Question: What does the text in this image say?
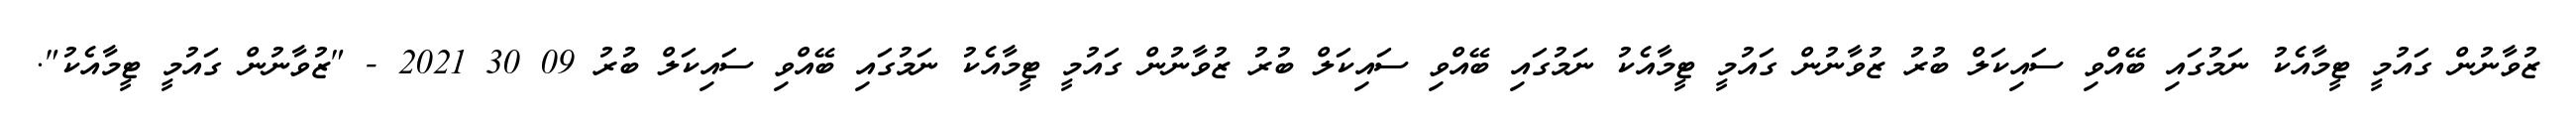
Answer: ޒުވާނުން ގައުމީ ޓީމާއެކު ނަމުގައި ބޭއްވި ސައިކަލް ބުރު ޒުވާނުން ގައުމީ ޓީމާއެކު ނަމުގައި ބޭއްވި ސައިކަލް ބުރު ޒުވާނުން ގައުމީ ޓީމާއެކު ނަމުގައި ބޭއްވި ސައިކަލް ބުރު 09 30 2021 - "ޒުވާނުން ގައުމީ ޓީމާއެކު".